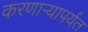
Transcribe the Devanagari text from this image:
करणाऱ्यापर्यंत